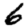
Digit: 6